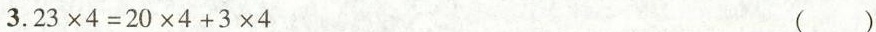
3.$$2 3 \times 4 = 2 0 \times 4 + 3 \times 4$$ ( )